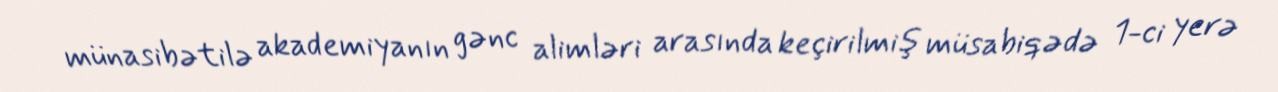
münasibətilə akademiyanın gənc alimləri arasında keçirilmiş müsabiqədə 1-ci yerə